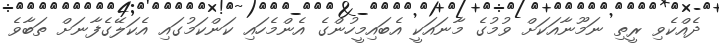
ދެއްކެވި ރީތި ނަމޫނާއަކަށް ވުމުގެ މާނައަކީ އެބައިމީހުންގެ އެންމެހައި ކަންކަމުގައި އެކަލޭގެފާނަށް ތަބާވެ